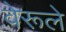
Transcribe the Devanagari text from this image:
वेरूले